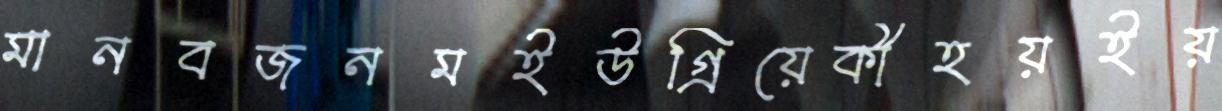
মানবজনমইউগ্‌রিয়েকীহয়ইয়